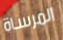
المرساة